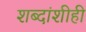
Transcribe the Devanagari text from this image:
शब्दांशीही